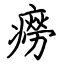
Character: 癆